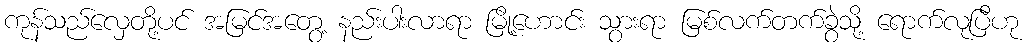
ကုန်သည်လှေတို့ပင် အမြင်အတွေ့ နည်းပါးလာရာ မြို့ဟောင်း သွားရာ မြစ်လက်တက်ခွဲသို့ ရောက်လုပြီဟု